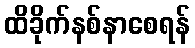
ထိခိုက်နစ်နာစေရန်